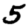
Digit: 5